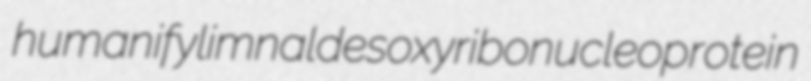
humanify limnal desoxyribonucleoprotein